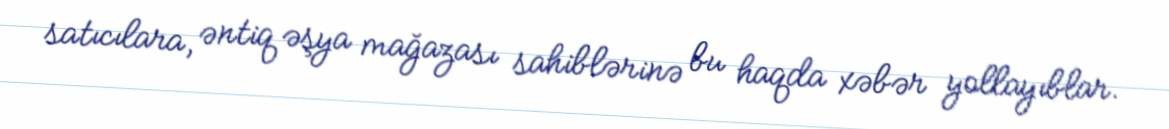
satıcılara, əntiq əşya mağazası sahiblərinə bu haqda xəbər yollayıblar.